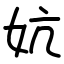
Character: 妔